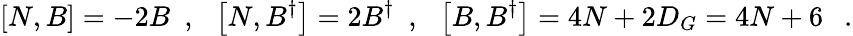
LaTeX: \left[N,B\right]=-2B\ \ ,\ \ \left[N,B^{\dagger}\right]=2B^{\dagger}\ \ ,\ \ \left[B,B^{\dagger}\right]=4N+2D_{G}=4N+6\ \ \ .